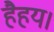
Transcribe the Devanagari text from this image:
हैहय।